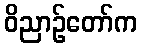
ဝိညာဉ်တော်က